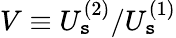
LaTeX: V\equiv{U_{\mathtt{s}}^{(2)}}/{U_{\mathtt{s}}^{(1)}}